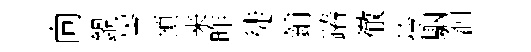
向鍋岑預来昨徙鋪蹖徹拎駰泗